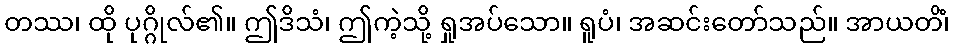
တဿ၊ ထို ပုဂ္ဂိုလ်၏။ ဤဒိသံ၊ ဤကဲ့သို့ ရှုအပ်သော။ ရူပံ၊ အဆင်းတော်သည်။ အာယတိံ၊